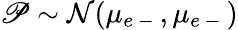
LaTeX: \mathscr P\sim\mathcal N(\mu_{e\mathrm{~-~}},\mu_{e\mathrm{~-~}})